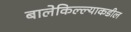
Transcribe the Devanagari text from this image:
बालेकिल्ल्याकडील